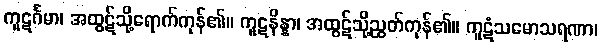
ကူဋင်္ဂမာ၊ အထွဋ်သို့ရောက်ကုန်၏။ ကူဋနိန္နာ၊ အထွဋ်သို့ညွတ်ကုန်၏။ ကူဋံသမောသရဏာ၊